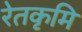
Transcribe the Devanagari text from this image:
रेतकृमि